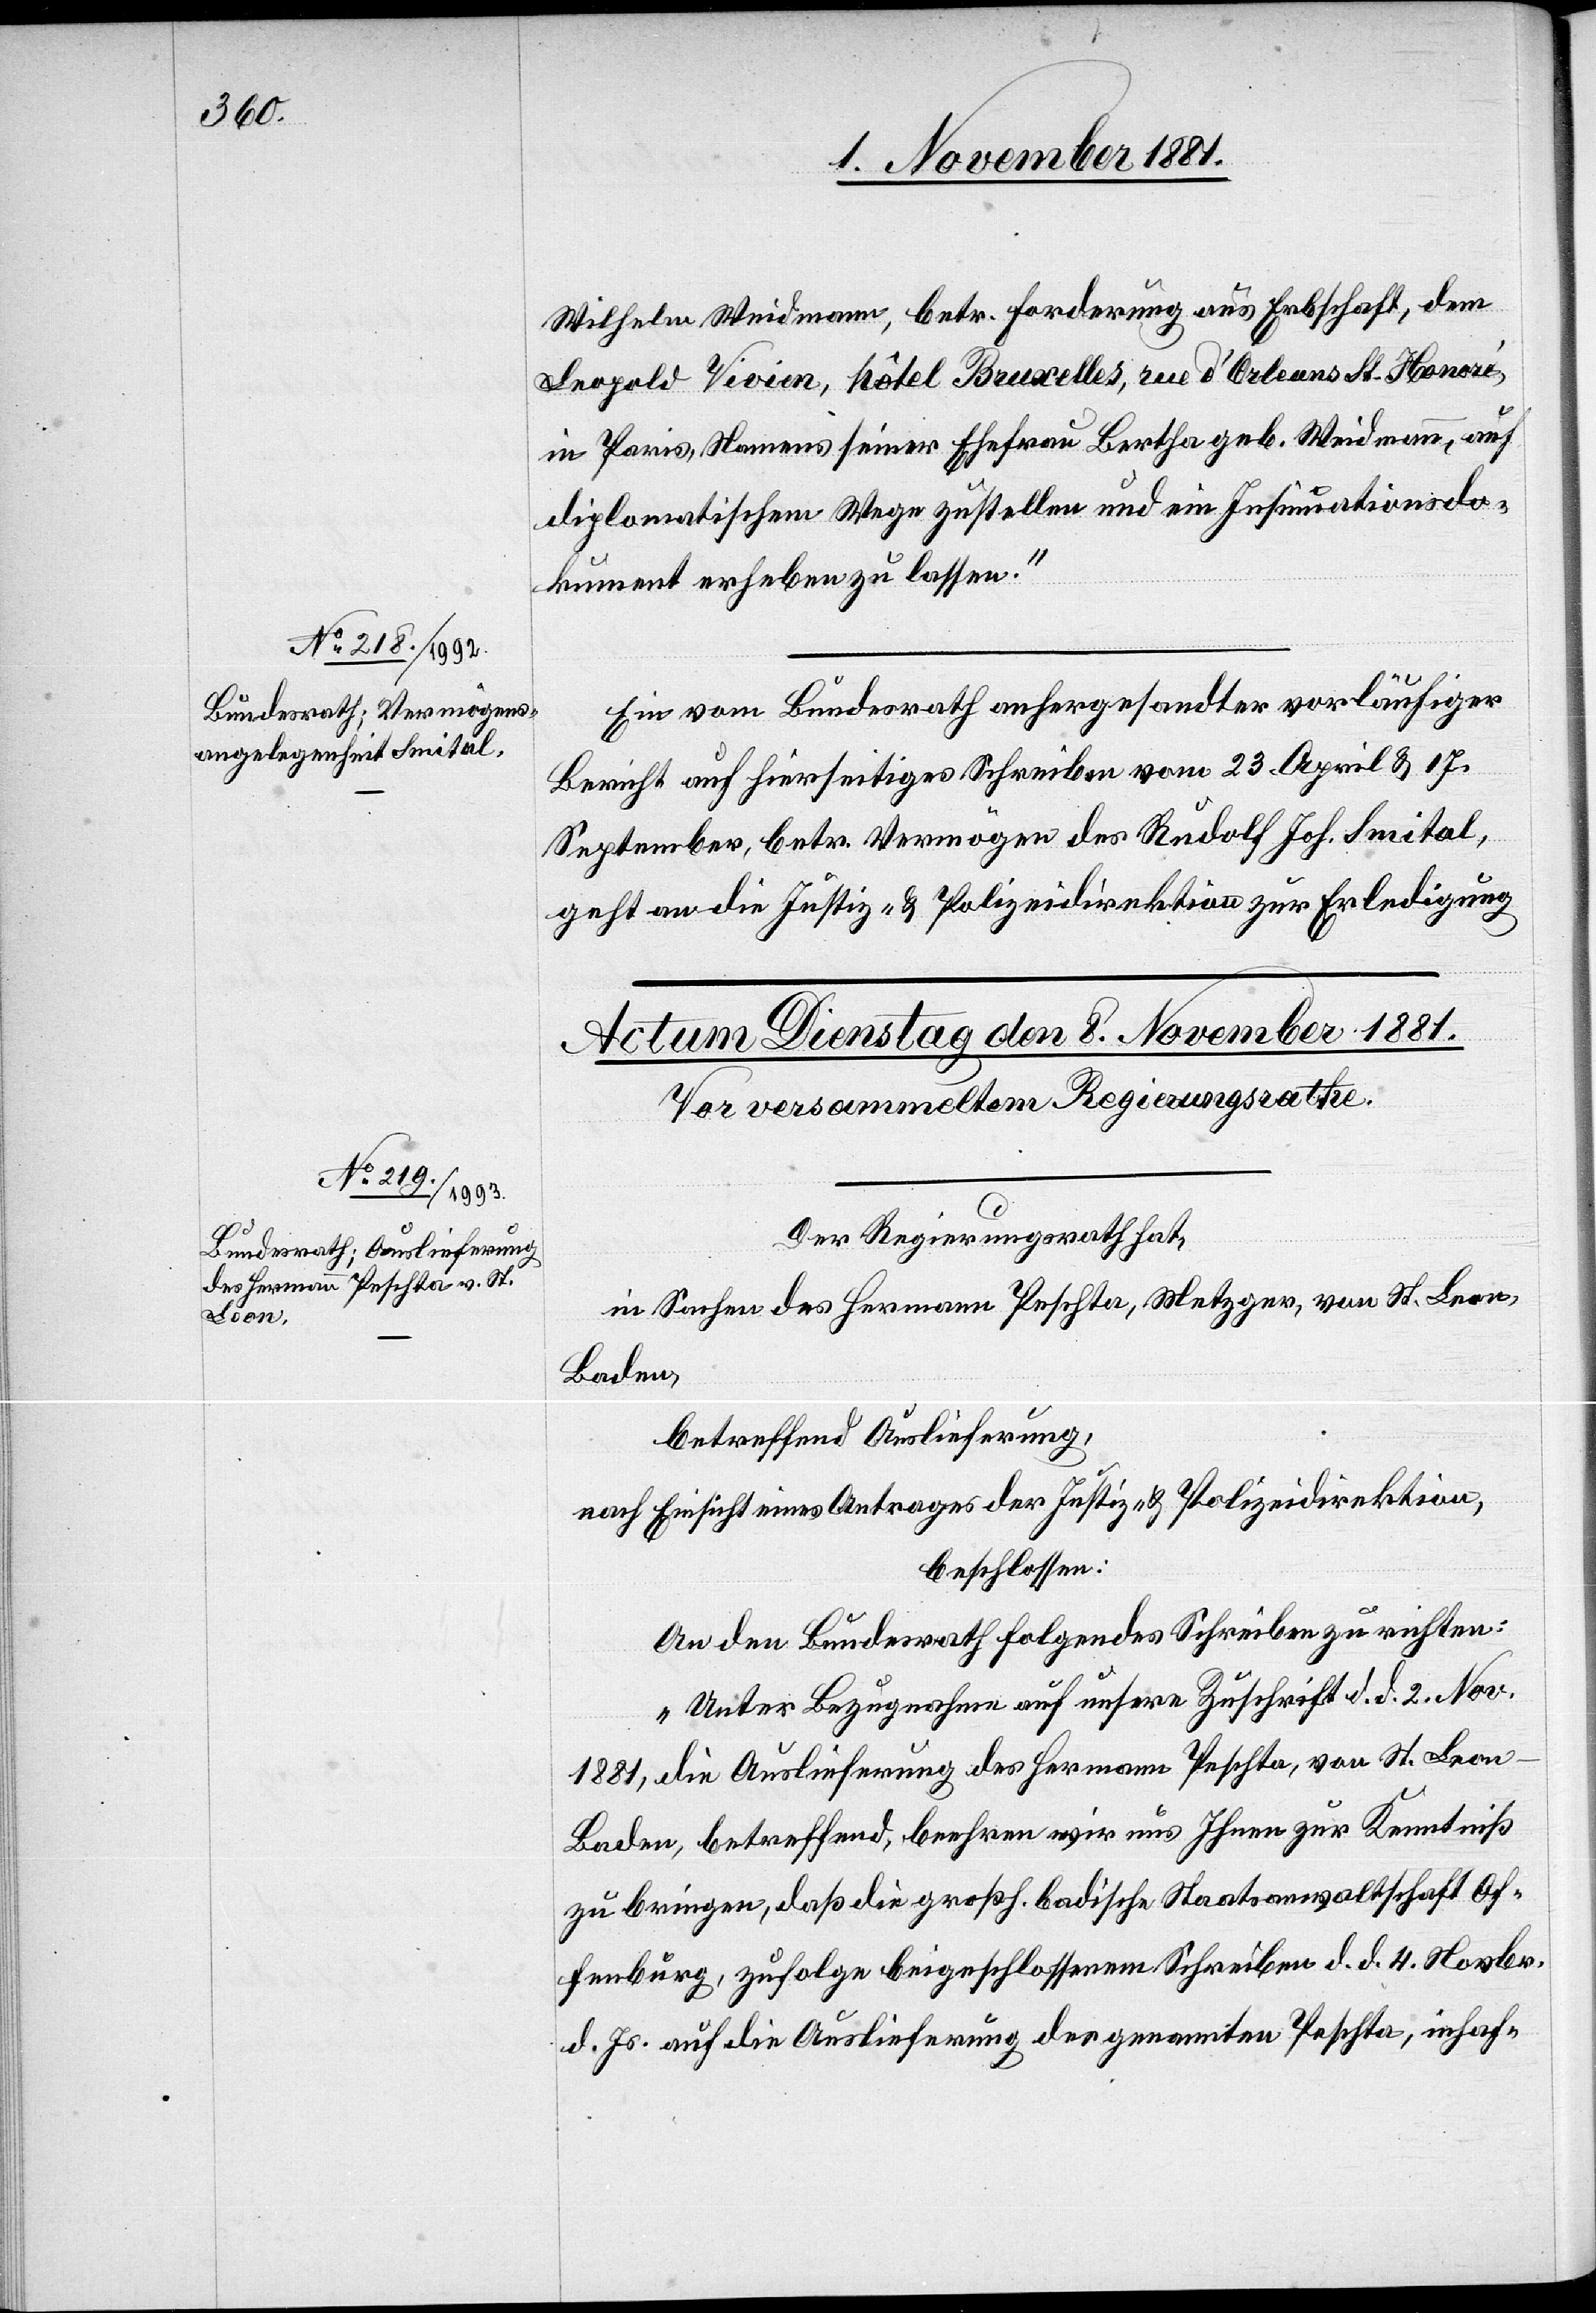
7. November 1881.]
Wilhelm Weidmann, betr. Forderung aus Erbschaft, dem
Leopold Vivien, hôtel Bruxelles, rue d’Orleans St. Honori,
in Paris, Namens seiner Ehefrau Bertha geb. Weidmann, auf
diplomatischem Wege zustellen und ein Insinuationsdo¬
kument erheben zu lassen.“
Ein vom Bundesrath anhergesandter vorläufiger
Bericht auf hierseitiges Schreiben vom 23. April & 17.
September, betr. Vermögen des Rudolf Joh. Smital,
geht an die Justiz- & Polizeidirektion zur Erledigung.
Der Regierungsrath hat,
in Sachen des Hermann Peschta, Metzger, von St. Leon,
Baden,
betreffend Auslieferung,
nach Einsicht eines Antrages der Justiz- & Polizeidirektion,
beschlossen:
An den Bundesrath folgendes Schreiben zu richten:
„Unter Bezugnahme auf unsere Zuschrift d. d. 2. Nov.
1881, die Auslieferung des Hermann Peschta, von St. Leon
Baden, betreffend, beehren wir uns Ihnen zur Kenntniß
zu bringen, daß die großh. badische Staatsanwaltschaft Of¬
fenburg, zufolge beigeschlossenem Schreiben d. d. 4. Novbr.
d. Js. auf die Auslieferung des genannten Peschta, inhaf-